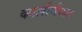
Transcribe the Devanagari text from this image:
कालीमैक्स